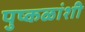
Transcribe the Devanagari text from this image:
पुष्कळांशी